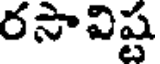
రసావిష్ట